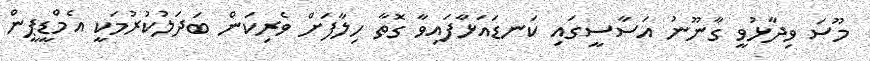
މޫސަ ވިދާޅުވީ ގާނޫނު އަސާސީގައި ކަނޑައަޅާފައިވާ ގޮތާ ހިލާފަށް ވެރިކަން ބަދަލުކުރުމަކީ އެމްޑީޕީން